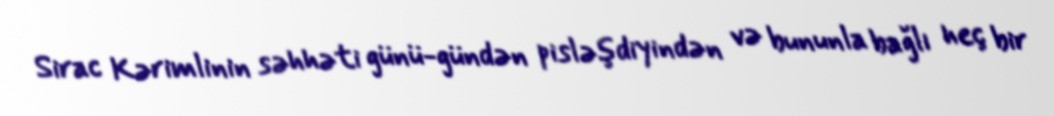
Sirac Kərimlinin səhhəti günü-gündən pisləşdiyindən və bununla bağlı heç bir